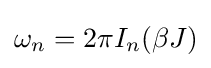
\omega _{n}=2\pi I_{n}(\beta J)